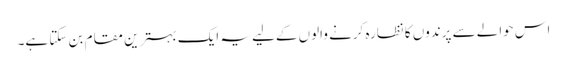
اس حوالے سے پرندوں کا نظارہ کرنے والوں کےلیے یہ ایک بہترین مقام بن سکتا ہے۔